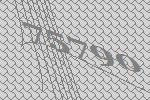
75790